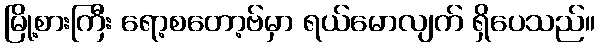
မြို့စားကြီး ရော့စတော့ဗ်မှာ ရယ်မောလျက် ရှိပေသည်။